Jarvakandi_vallavalitsus, lk 15
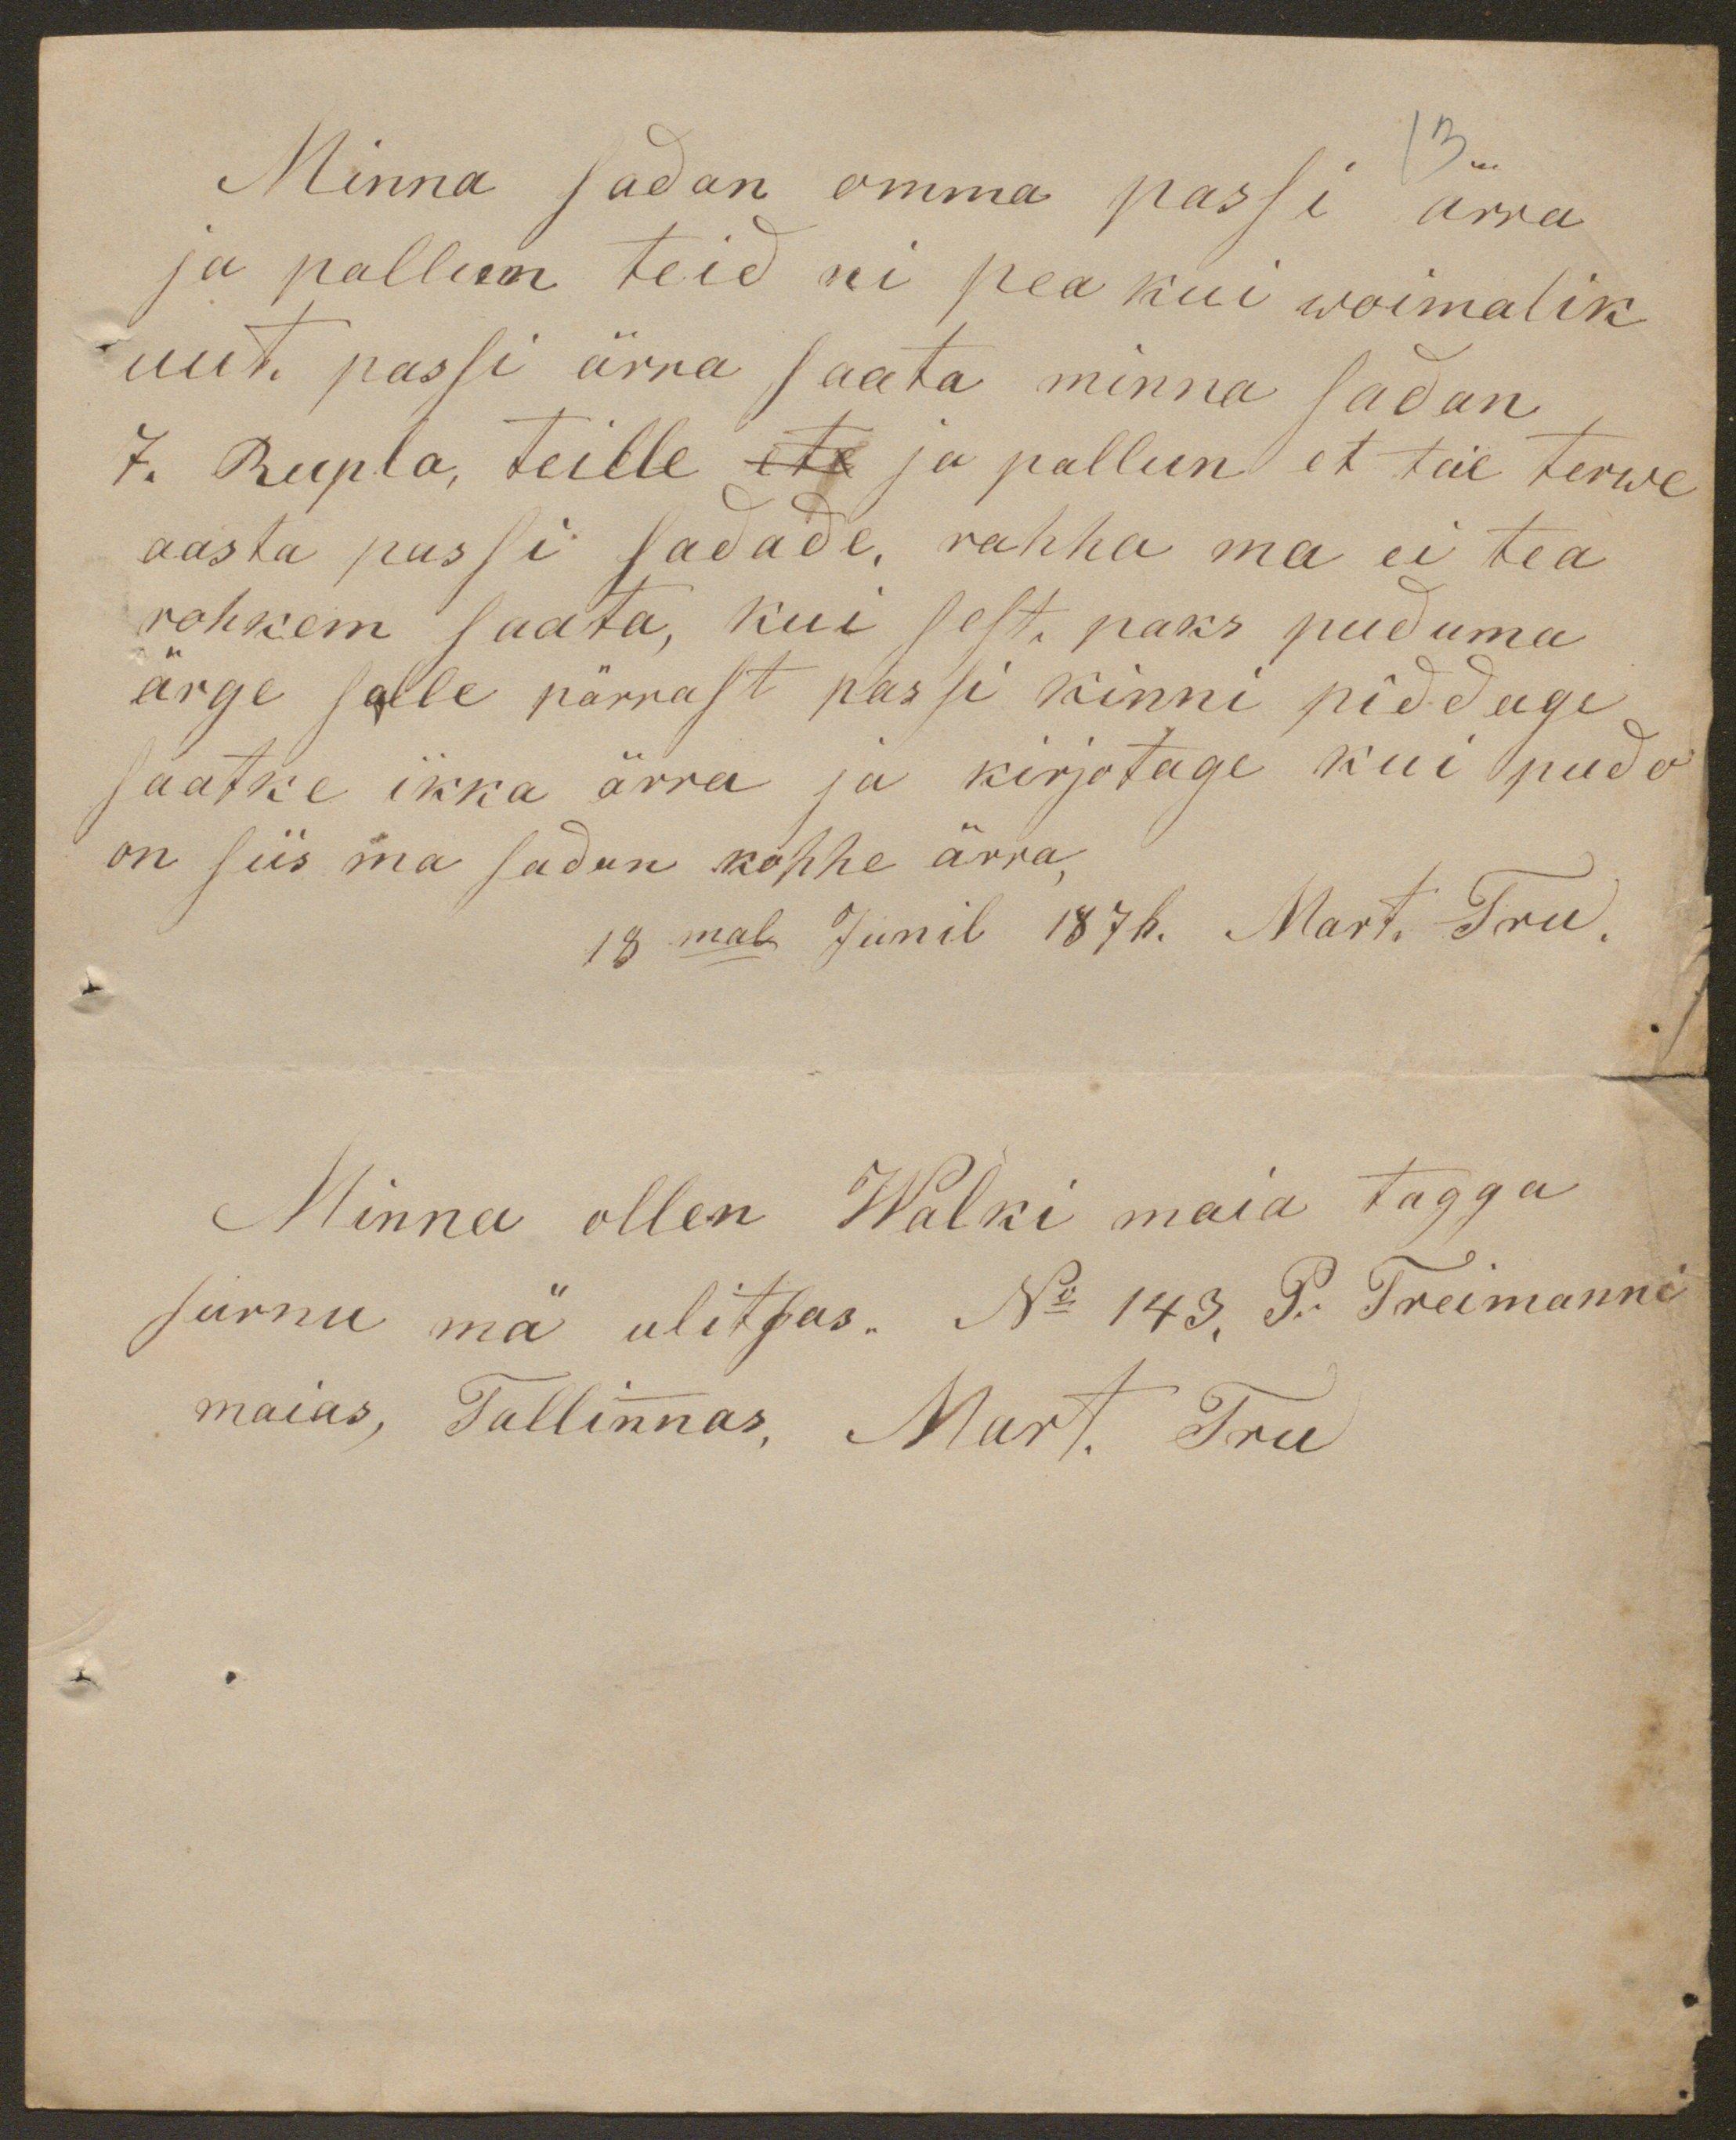
Minna sadan omma passi ärra
ja pallun teid nii pea kui wõimalik
uut passi ärra saata minna sadan
7. Rupla, teille ja pallun et teie terwe
aasta passi sadade, rahha ma ei tea
rohkem saata, kui sest paks puduma
ärge selle pärrast passi kinni piddage
saatke ikka ärra ja kirjotage kui pudo
on siis ma sadan kohhe ärra,
18 mal Junil 1876. Mart. Tru.
Minna ollen Walki maia tagga
surnu mä ulitsas. No 143, P. Treimanni
maias, Tallinnas, Mart. Tru